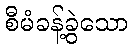
စီမံခန့်ခွဲသော